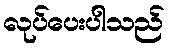
လုပ်ပေးပါသည်